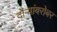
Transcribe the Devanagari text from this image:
दौऱ्यांबरोबर